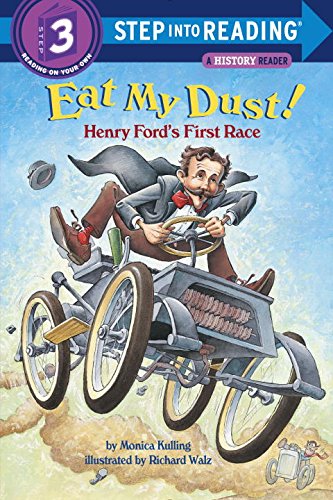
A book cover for Eat My Dust! Henry Ford's First Race (Step into Reading); Monica Kulling; Engineering & Transportation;